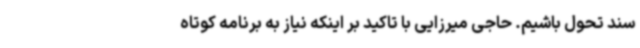
سند تحول باشیم. حاجی میرزایی با تاکید بر اینکه نیاز به برنامه کوتاه